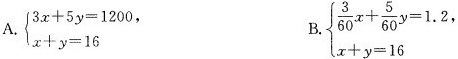
A. $$\begin { cases } 3 x + 5 y =1 2 0 0